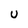
Character: u